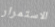
الاستمرار